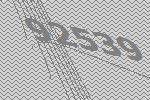
92539